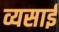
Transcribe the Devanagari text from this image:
व्यसाई